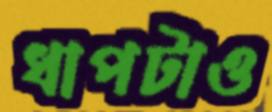
ধাপটাও